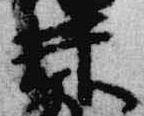
井